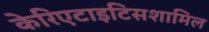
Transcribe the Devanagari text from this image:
केरिएटाइटिसशामिल